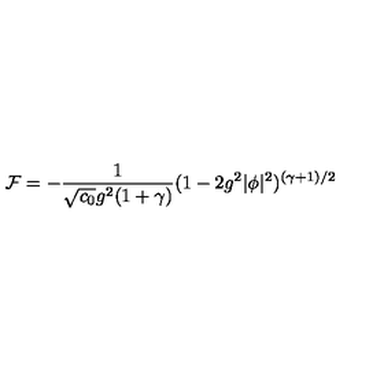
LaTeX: { \cal F } = - { \frac { 1 } { \sqrt { c _ { 0 } } g ^ { 2 } ( 1 + \gamma ) } } ( 1 - 2 g ^ { 2 } | \phi | ^ { 2 } ) ^ { ( \gamma + 1 ) / 2 }